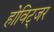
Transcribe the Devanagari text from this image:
होविट्जर